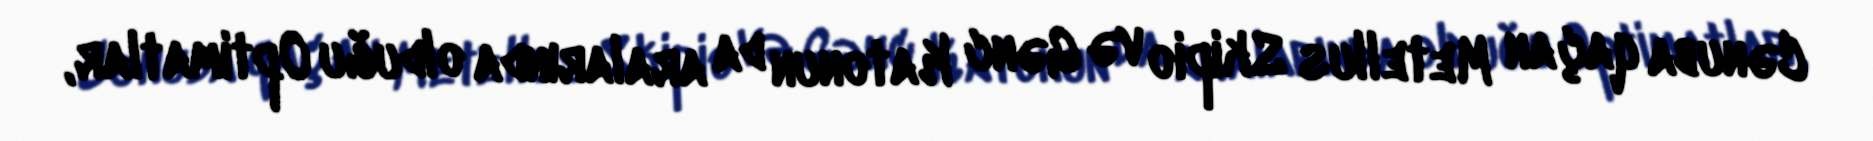
Cənuba qaçan Metellus Skipio və Gənc Katonun da aralarında olduğu Optimatlar,